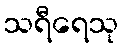
သရီရေသု